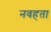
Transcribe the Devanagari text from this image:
नवहता